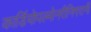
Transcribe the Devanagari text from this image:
कार्डियोपल्मोनरीनिगरानी